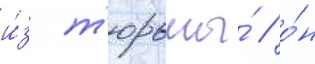
и́з т'юрьмы́ / о́н